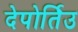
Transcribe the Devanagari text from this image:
देपोर्तिउ